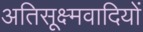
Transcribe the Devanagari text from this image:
अतिसूक्ष्मवादियों